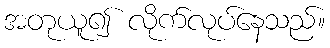
အတုယူ၍ လိုက်လုပ်နေသည်။